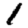
Digit: 1